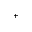
^ { + }